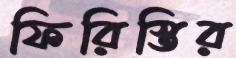
ফিরিস্তির